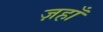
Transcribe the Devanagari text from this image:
ज़हाँ